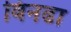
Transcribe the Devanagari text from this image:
विनढा